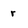
Character: r